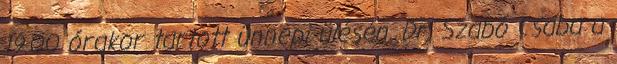
19.00 órakor tartott ünnepi ülésén. Dr. Szabó Csaba a